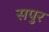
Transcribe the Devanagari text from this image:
सपुर